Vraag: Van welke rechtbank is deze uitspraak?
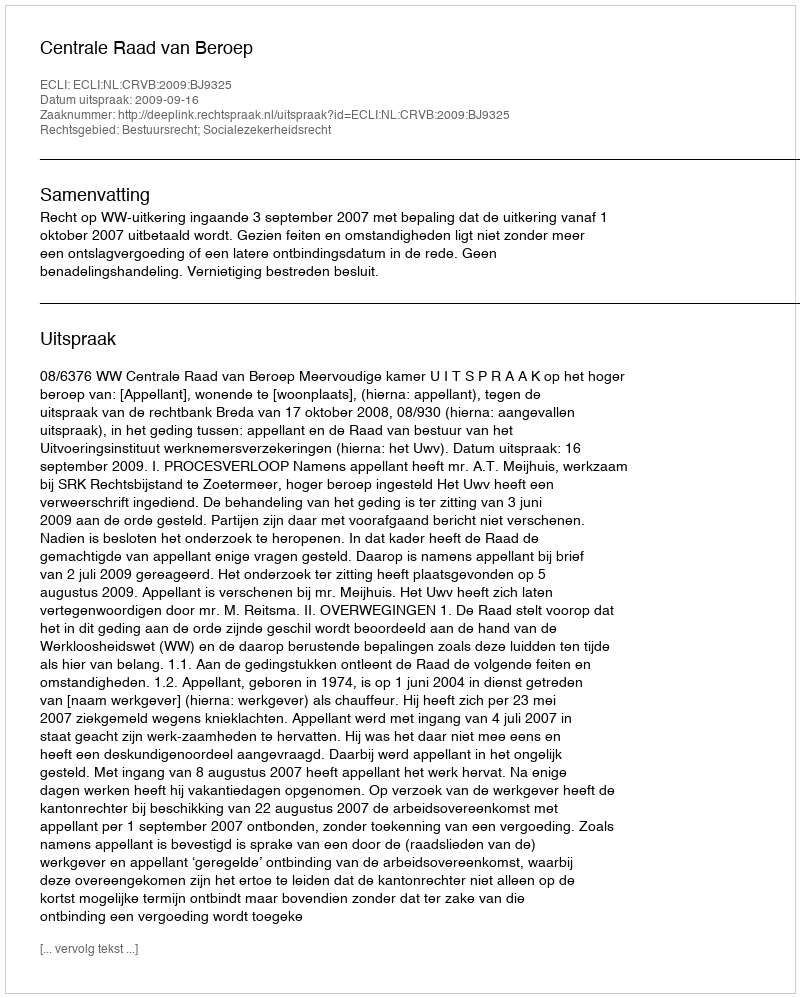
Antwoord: Centrale Raad van Beroep